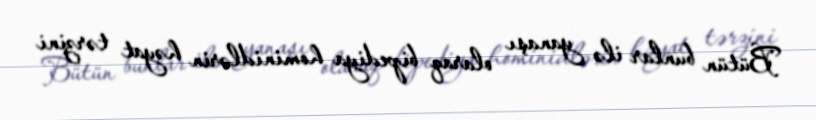
Bütün bunlar ilə yanaşı olaraq bipediya hominidlərin həyat tərzini